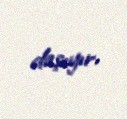
daşıyır.